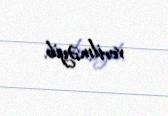
verilməyib.